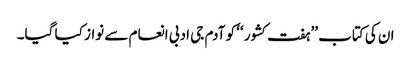
ان کی کتاب ’’ہفت کشور ‘‘ کو آدم جی ادبی انعام سے نواز کیا گیا۔